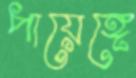
পায়েঙ্গে